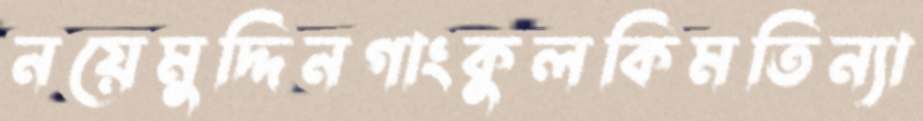
নয়েমুদ্দিনগাংকুলকিমতিন্যা